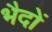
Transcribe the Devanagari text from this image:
भैदों